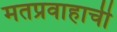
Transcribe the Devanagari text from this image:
मतप्रवाहाची